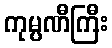
ကုမ္ပဏီကြီး